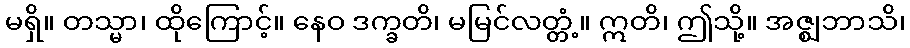
မရှိ။ တသ္မာ၊ ထိုကြောင့်။ နေဝ ဒက္ခတိ၊ မမြင်လတ္တံ့။ ဣတိ၊ ဤသို့။ အဇ္ဈဘာသိ၊